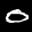
Label: 0